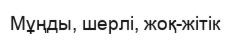
Мұңды, шерлі, жоқ-жітік